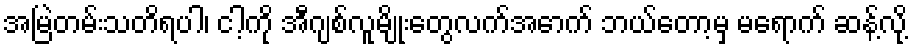
အမြဲတမ်းသတိရပါ၊ ငါ့ကို အီဂျစ်လူမျိုးတွေလက်အောက် ဘယ်တော့မှ မရောက် ဆန့်လို့